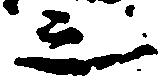
之